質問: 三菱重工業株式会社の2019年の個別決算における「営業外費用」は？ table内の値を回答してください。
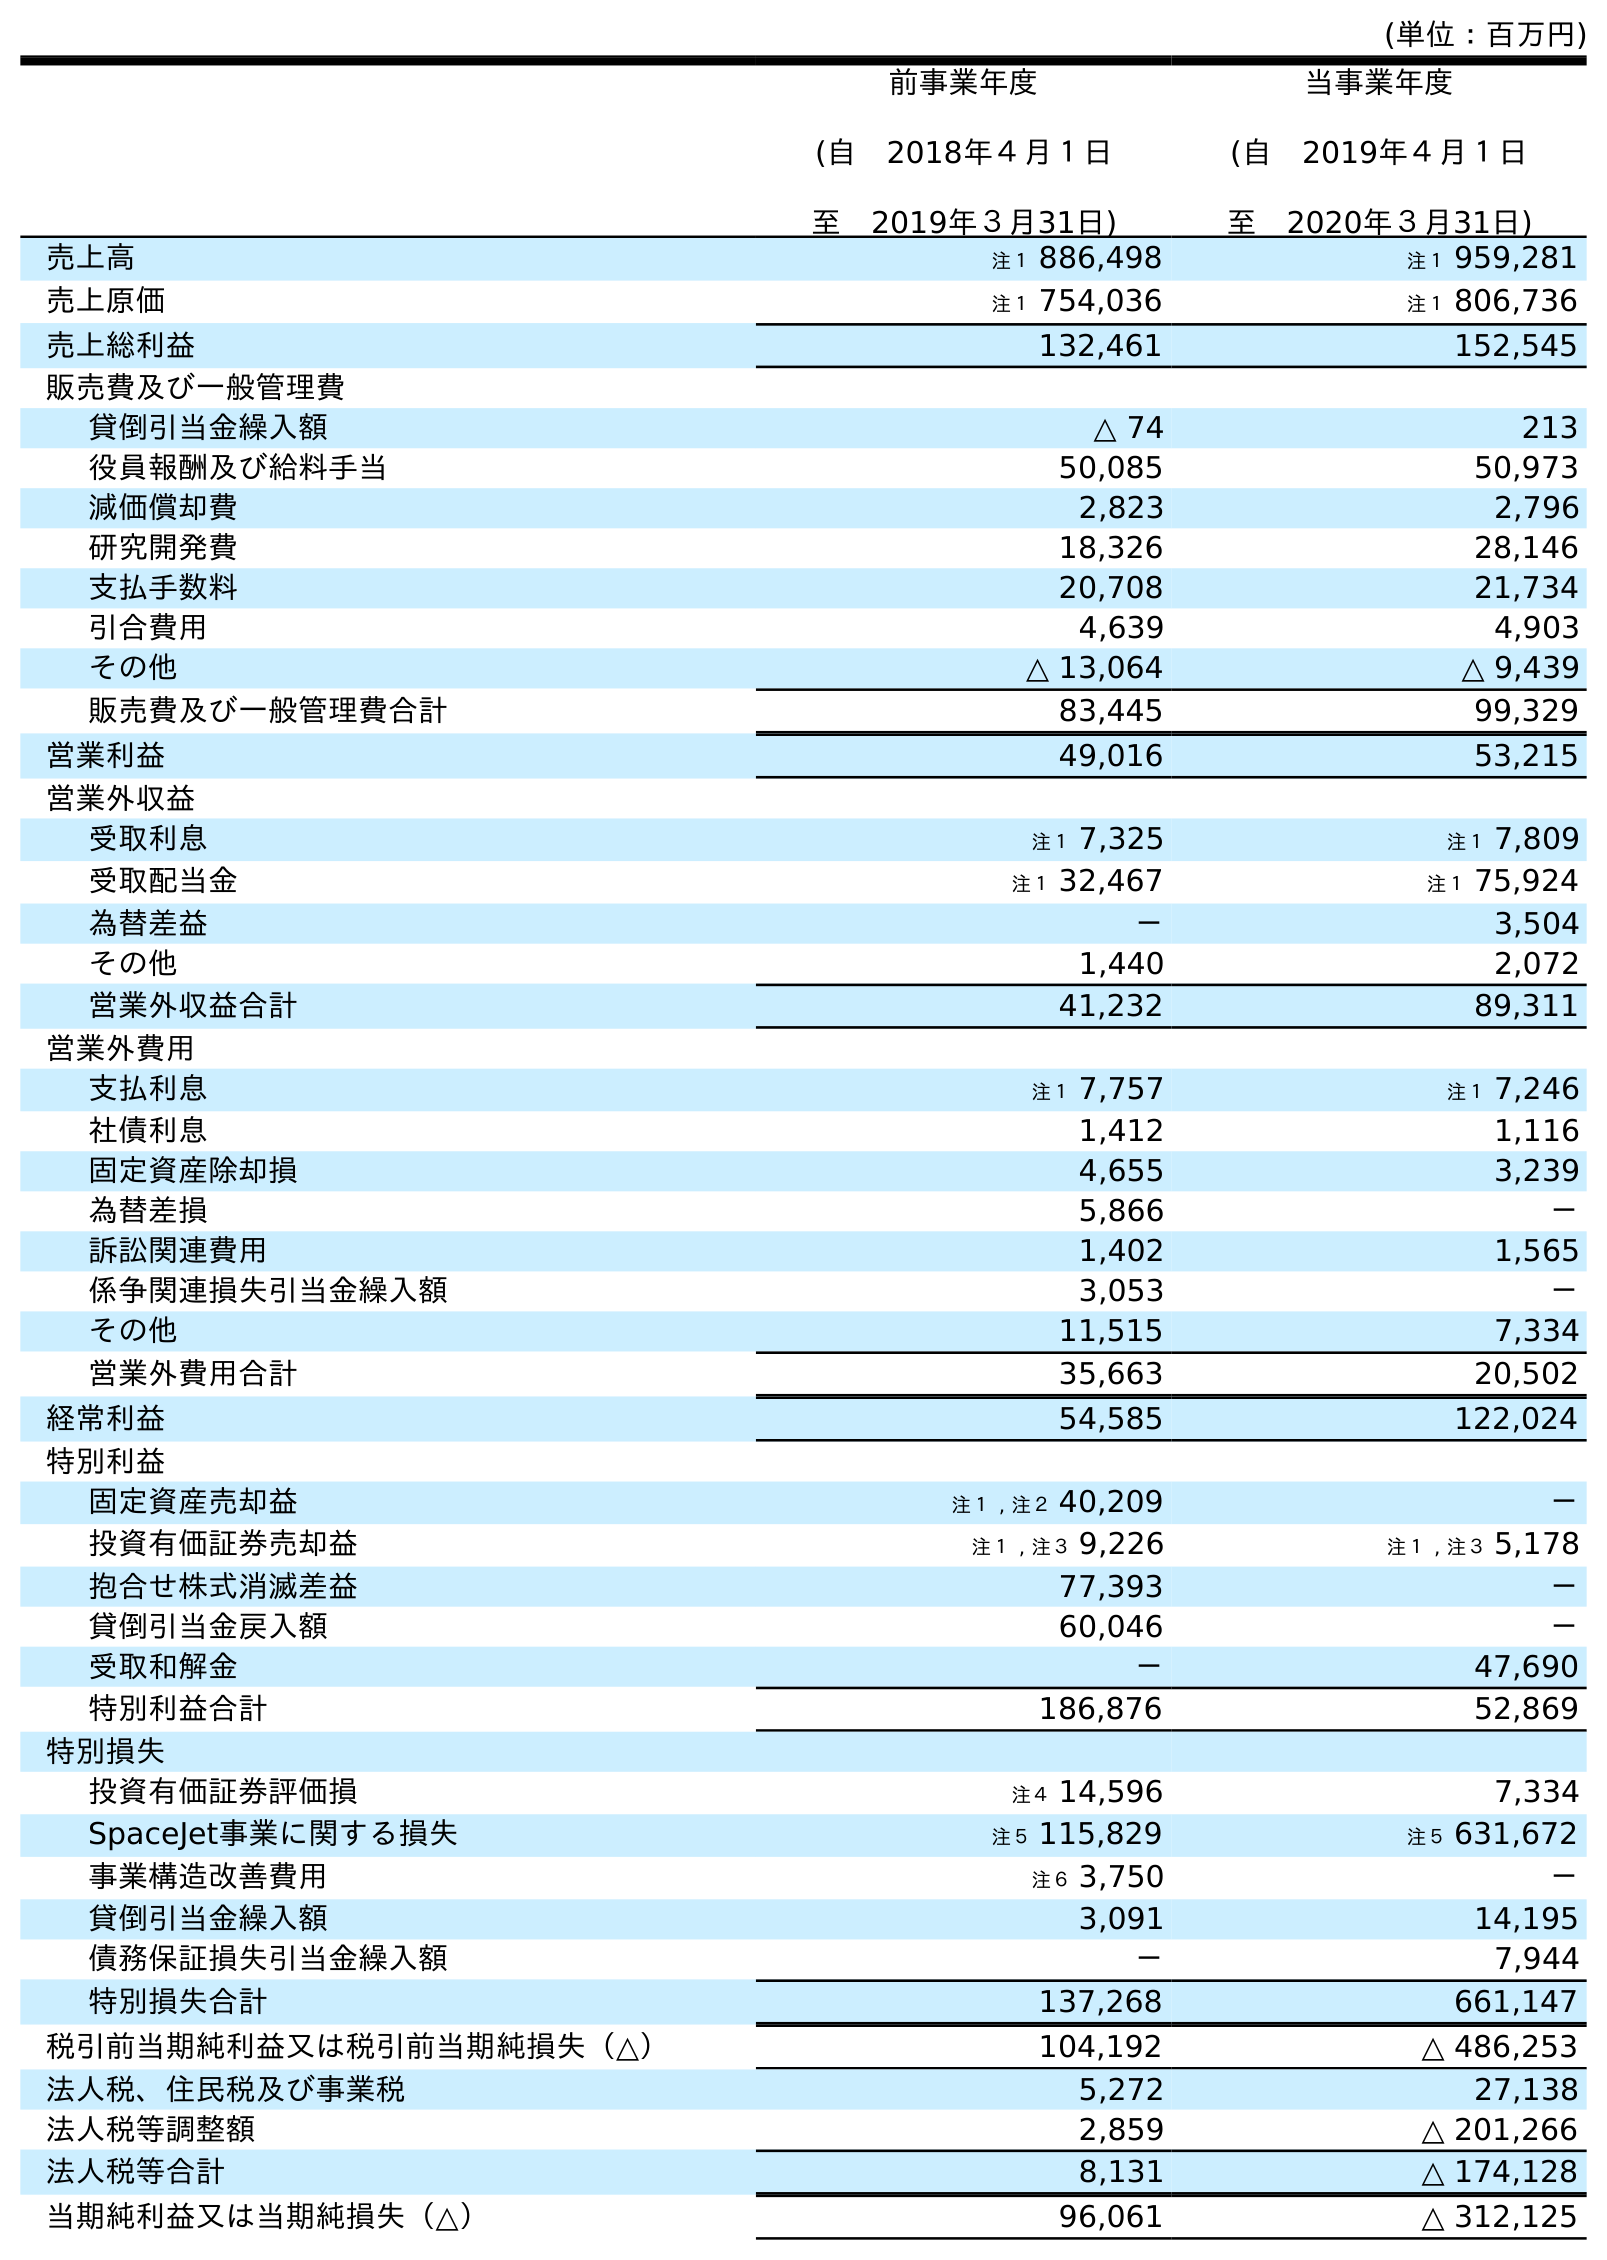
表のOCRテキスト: (単位：百万円) 前事業年度 (自 2018年４月１日 至 2019年３月31日) 当事業年度 (自 2019年４月１日 至 2020年３月31日) 売上高 注１ 886,498 注１ 959,281 売上原価 注１ 754,036 注１ 806,736 売上総利益 132,461 152,545 販売費及び一般管理費 貸倒引当金繰入額 △ 74 213 役員報酬及び給料手当 50,085 50,973 減価償却費 2,823 2,796 研究開発費 18,326 28,146 支払手数料 20,708 21,734 引合費用 4,639 4,903 その他 △ 13,064 △ 9,439 販売費及び一般管理費合計 83,445 99,329 営業利益 49,016 53,215 営業外収益 受取利息 注１ 7,325 注１ 7,809 受取配当金 注１ 32,467 注１ 75,924 為替差益 － 3,504 その他 1,440 2,072 営業外収益合計 41,232 89,311 営業外費用 支払利息 注１ 7,757 注１ 7,246 社債利息 1,412 1,116 固定資産除却損 4,655 3,239 為替差損 5,866 － 訴訟関連費用 1,402 1,565 係争関連損失引当金繰入額 3,053 － その他 11,515 7,334 営業外費用合計 35,663 20,502 経常利益 54,585 122,024 特別利益 固定資産売却益 注１ , 注２ 40,209 － 投資有価証券売却益 注１ , 注３ 9,226 注１ , 注３ 5,178 抱合せ株式消滅差益 77,393 － 貸倒引当金戻入額 60,046 － 受取和解金 － 47,690 特別利益合計 186,876 52,869 特別損失 投資有価証券評価損 注４ 14,596 7,334 SpaceJet事業に関する損失 注５ 115,829 注５ 631,672 事業構造改善費用 注６ 3,750 － 貸倒引当金繰入額 3,091 14,195 債務保証損失引当金繰入額 － 7,944 特別損失合計 137,268 661,147 税引前当期純利益又は税引前当期純損失（△） 104,192 △ 486,253 法人税、住民税及び事業税 5,272 27,138 法人税等調整額 2,859 △ 201,266 法人税等合計 8,131 △ 174,128 当期純利益又は当期純損失（△） 96,061 △ 312,125
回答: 35,663